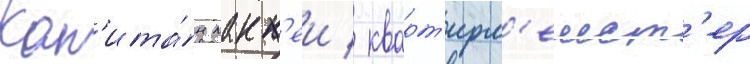
Кап'ита́н макк'еи / кварт'ирм'еист'ер